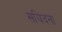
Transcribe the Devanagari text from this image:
सयिदना